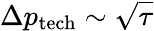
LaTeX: \Delta p_{\mathrm{tech}}\sim\sqrt{\tau}